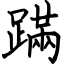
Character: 蹣